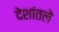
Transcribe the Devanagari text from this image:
देशांतले